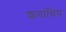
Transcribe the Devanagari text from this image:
शताधिपः